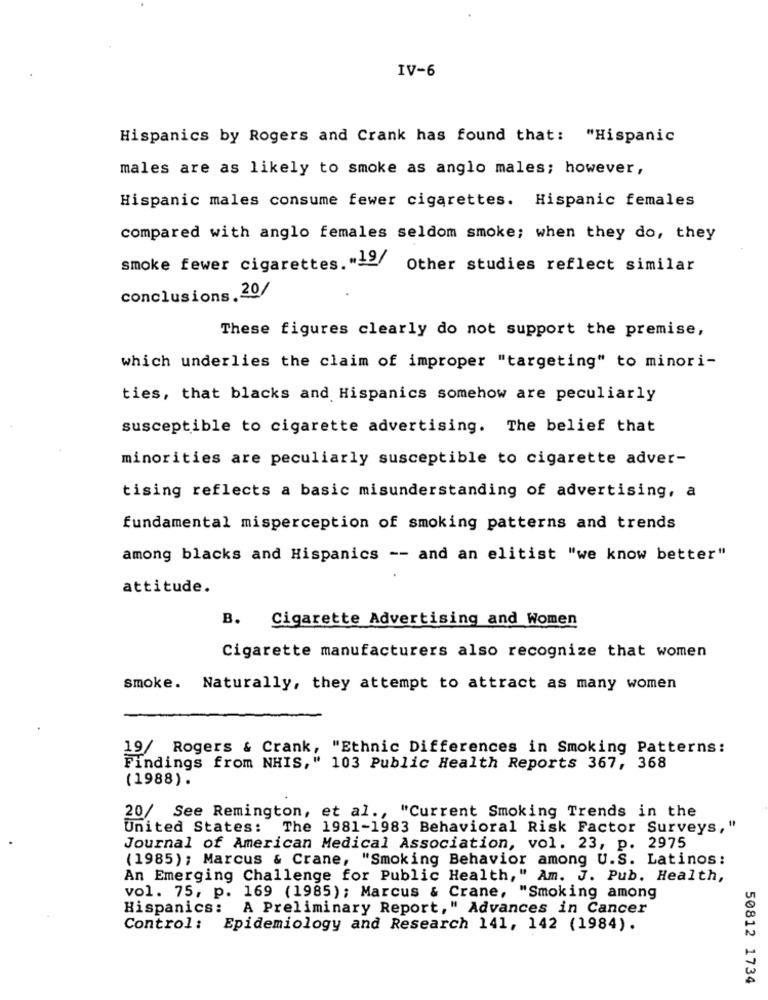
IV-6
Hispanics by Rogers and Crank has found that: "Hispanic
males are as likely to smoke as anglo males; however,
Hispanic males consume fewer cigarettes. Hispanic females
compared with anglo females seldom smoke; when they do, they
smoke fewer cigarettes. "19/
Other studies reflect similar
conclusions. 20/
These figures clearly do not support the premise,
which underlies the claim of improper "targeting" to minori-
ties, that blacks and Hispanics somehow are peculiarly
susceptible to cigarette advertising. The belief that
minorities are peculiarly susceptible to cigarette adver-
tising reflects a basic misunderstanding of advertising, a
fundamental misperception of smoking patterns and trends
among blacks and Hispanics -- and an elitist "we know better"
attitude.
B. Cigarette Advertising and Women
Cigarette manufacturers also recognize that women
smoke. Naturally, they attempt to attract as many women
19/ Rogers & Crank, "Ethnic Differences in Smoking Patterns:
Findings from NHIS," 103 Public Health Reports 367, 368
(1988).
20/ See Remington, et al ., "Current Smoking Trends in the
United States: The 1981-1983 Behavioral Risk Factor Surveys, "
Journal of American Medical Association, vol. 23, p. 2975
(1985); Marcus & Crane, "Smoking Behavior among U.S. Latinos:
An Emerging Challenge for Public Health," Am. J. Pub. Health,
vol. 75, p. 169 (1985); Marcus & Crane, "Smoking among
Hispanics:
A Preliminary Report," Advances in Cancer
Control: Epidemiology and Research 141, 142 (1984).
50812 1734